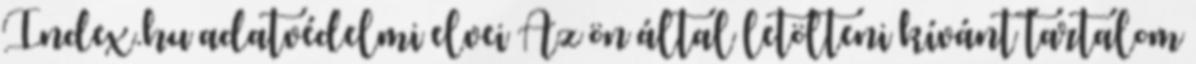
Index.hu adatvédelmi elvei Az ön által letölteni kívánt tartalom